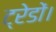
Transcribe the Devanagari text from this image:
ट्रेडों।